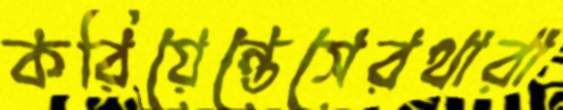
করিয়েন্তেসেরথারা